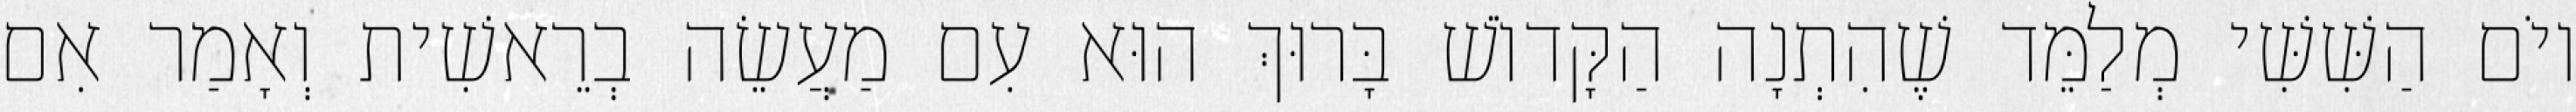
יוֹם הַשִּׁשִּׁי מְלַמֵּד שֶׁהִתְנָה הַקָּדוֹשׁ בָּרוּךְ הוּא עִם מַעֲשֵׂה בְרֵאשִׁית וְאָמַר אִם